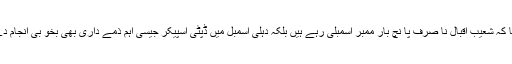
انہوں نے کہا کہ شعیب اقبال نا صرف پا نچ بار ممبر اسمبلی رہے ہیں بلکہ دہلی اسمبل میں ڈپٹی اسپیکر جیسی اہم ذمے داری بھی بخو بی انجام دے چکے ہیں۔